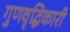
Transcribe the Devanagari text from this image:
गुणवृद्धिकारी